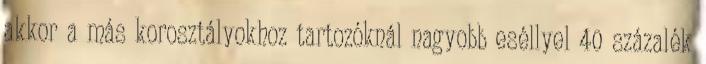
akkor a más korosztályokhoz tartozóknál nagyobb eséllyel 40 százalék